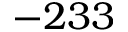
- 2 3 3